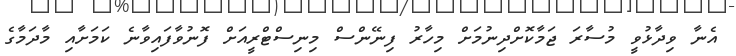
އެނާ ވިދާޅުވީ މުސާރަ ޖަމާކޮށްދިނުމަށް މިހާރު ފިނޭންސް މިނިސްޓްރީއަށް ފޮނުވާފައިވާނެ ކަމަށާއި މާދަމާގެ